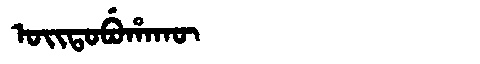
Manchu: ᠣᡳᡨᠣᠪᡠᡥᠠᡴᡡ
Romanization: OITOBUHAKŪ